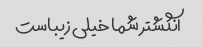
انگشتر شما خیلی زیباست